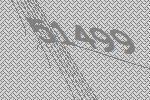
51499